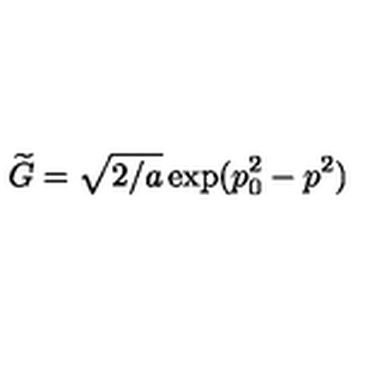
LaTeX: \widetilde { G } = \sqrt { 2 / a } \exp ( p _ { 0 } ^ { 2 } - p ^ { 2 } )